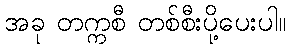
အခု တက္ကစီ တစ်စီးပို့ပေးပါ။